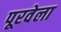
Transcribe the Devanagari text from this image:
पूरवेला